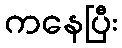
ကနေပြီး